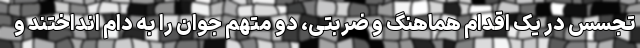
تجسس در یک اقدام هماهنگ و ضربتی، دو متهم جوان را به دام انداختند و